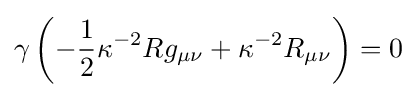
\gamma \left(-{\frac {1}{2}}\kappa ^{-2}Rg_{\mu \nu }+\kappa ^{-2}R_{\mu \nu }\right)=0